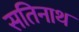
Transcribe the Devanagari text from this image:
सतिनाथ